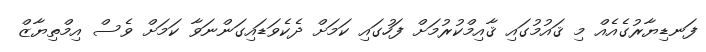
ފަނޑިޔާރުގެއެއް މި ޤައުމުގައި ޤާއިމްކުރުމަށް ފަހުގައި ކަމަށް ދެކެވަޑައިގަންނަވާ ކަމަށް ވެސް އިމްތިޔާޒް